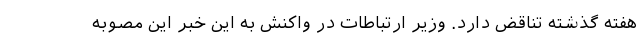
هفته گذشته تناقض دارد. وزیر ارتباطات در واکنش به این خبر این مصوبه‌